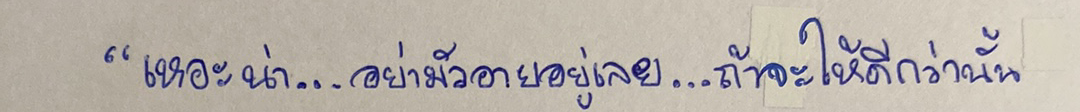
"เหอะน่า...อย่ามัวอายอยู่เลย...ถ้าจะให้ดีกว่านั้น